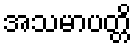
အသမာပတ္တိ